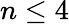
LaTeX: n\le 4